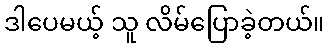
ဒါပေမယ့် သူ လိမ်ပြောခဲ့တယ်။